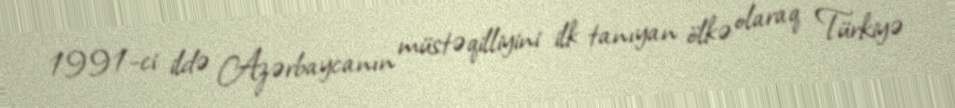
1991-ci ildə Azərbaycanın müstəqilliyini ilk tanıyan ölkə olaraq Türkiyə